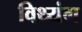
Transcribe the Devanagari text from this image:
विथ्यंग